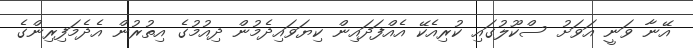
އޭނާ ވަނީ އަވަށު ސްކޫލުގައި ކުރިއެކޭ އެއްފަދައިން ކިޔަވައިދެމުން ދިއުމުގެ އިތުރުން އެދެމަފިރިންގެ